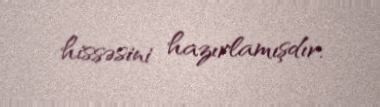
hissəsini hazırlamışdır.